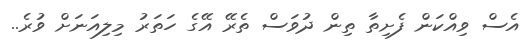
އެސް ވިއްކަން ފެށިތާ ތިން ދުވަސް ތެރޭ އޭގެ ހަތަރު މިލިއަނަށް ވުރެ..